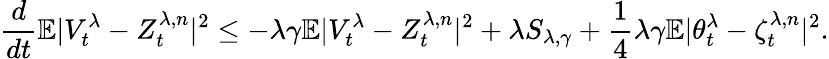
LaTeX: \frac{d}{dt}\mathbb{E}|V_{t}^{\lambda}-Z_{t}^{\lambda,n}|^{2}\leq-\lambda\gamma\mathbb{E}|V_{t}^{\lambda}-Z_{t}^{\lambda,n}|^{2}+\lambda S_{\lambda,\gamma}+\frac{1}{4}\lambda\gamma\mathbb{E}|\theta_{t}^{\lambda}-\zeta_{t}^{\lambda,n}|^{2}.